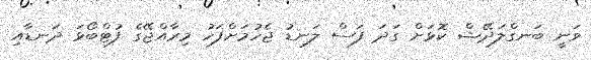
ވަނީ ބަނގްލަދޭޝް ކޮޅަށް ގަދަ ފަސް ލަނޑު ޖެހުމަށްފަހު މިރާއްޖޭގެ ފުޓްބޯޅަ ދަނޑާއި